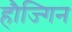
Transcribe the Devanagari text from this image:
हौज्गिन